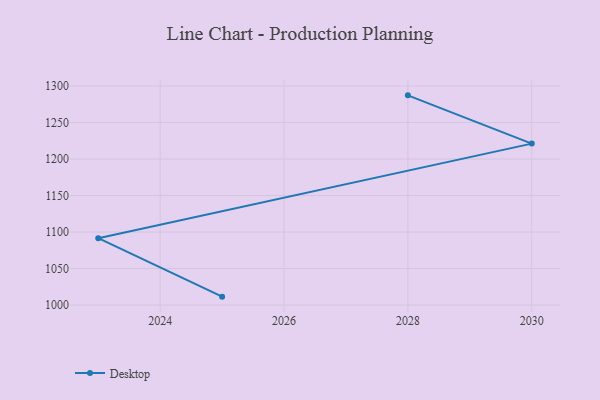
{"axis": {"x": "Year", "y": "Inventory Turnover"}, "legend": ["Desktop"], "data": [{"x": "2025", "y": 1011.5, "type": "Desktop"}, {"x": "2023", "y": 1091.6, "type": "Desktop"}, {"x": "2030", "y": 1221.1, "type": "Desktop"}, {"x": "2028", "y": 1287.2, "type": "Desktop"}]}